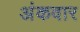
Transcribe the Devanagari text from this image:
अंकवार